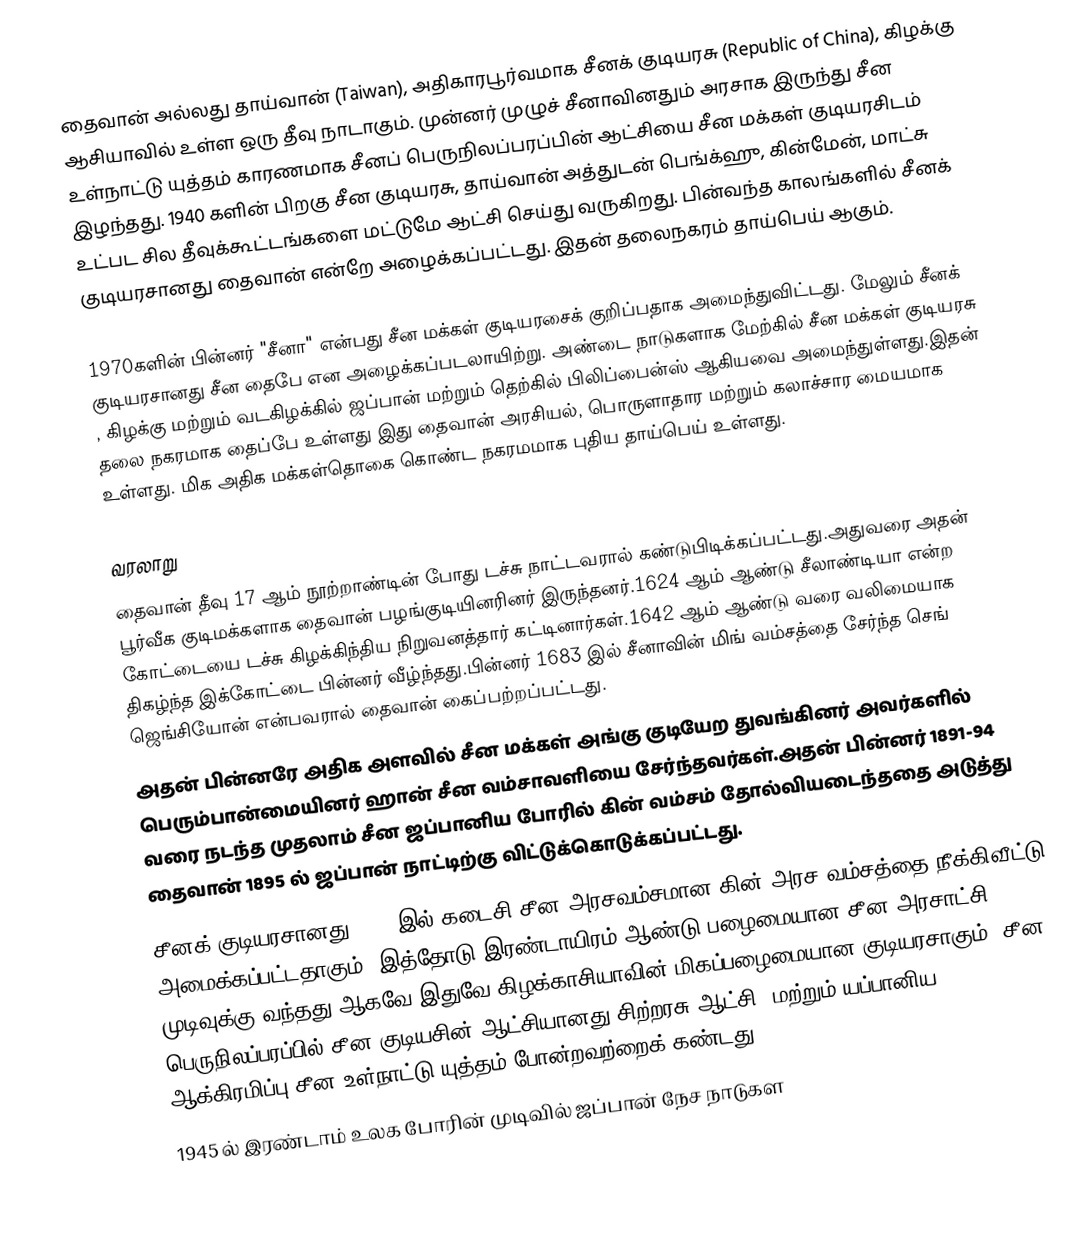
தைவான் அல்லது தாய்வான் (Taiwan), அதிகாரபூர்வமாக சீனக் குடியரசு (Republic of China), கிழக்கு ஆசியாவில் உள்ள ஒரு தீவு நாடாகும். முன்னர் முழுச் சீனாவினதும் அரசாக இருந்து சீன உள்நாட்டு யுத்தம் காரணமாக சீனப் பெருநிலப்பரப்பின் ஆட்சியை சீன மக்கள் குடியரசிடம் இழந்தது. 1940 களின் பிறகு சீன குடியரசு, தாய்வான்  அத்துடன் பெங்க்ஹு, கின்மேன், மாட்சு உட்பட சில தீவுக்கூட்டங்களை மட்டுமே ஆட்சி செய்து வருகிறது. பின்வந்த காலங்களில் சீனக் குடியரசானது தைவான் என்றே அழைக்கப்பட்டது. இதன் தலைநகரம் தாய்பெய் ஆகும்.

1970களின் பின்னர் "சீனா" என்பது சீன மக்கள் குடியரசைக் குறிப்பதாக அமைந்துவிட்டது. மேலும் சீனக் குடியரசானது சீன தைபே என அழைக்கப்படலாயிற்று. அண்டை நாடுகளாக மேற்கில் சீன மக்கள் குடியரசு , கிழக்கு மற்றும் வடகிழக்கில் ஜப்பான் மற்றும் தெற்கில் பிலிப்பைன்ஸ் ஆகியவை அமைந்துள்ளது.இதன் தலை நகரமாக தைப்பே உள்ளது இது தைவான் அரசியல், பொருளாதார மற்றும் கலாச்சார மையமாக உள்ளது. மிக அதிக மக்கள்தொகை கொண்ட நகரமமாக புதிய தாய்பெய் உள்ளது.

வரலாறு
தைவான் தீவு 17 ஆம் நூற்றாண்டின் போது டச்சு நாட்டவரால் கண்டுபிடிக்கப்பட்டது.அதுவரை அதன் பூர்வீக குடிமக்களாக தைவான் பழங்குடியினரினர் இருந்தனர்.1624 ஆம் ஆண்டு சீலாண்டியா என்ற கோட்டையை டச்சு கிழக்கிந்திய நிறுவனத்தார் கட்டினார்கள்.1642 ஆம் ஆண்டு வரை வலிமையாக திகழ்ந்த இக்கோட்டை பின்னர் வீழ்ந்தது.பின்னர் 1683 இல் சீனாவின் மிங் வம்சத்தை சேர்ந்த செங் ஜெங்சியோன் என்பவரால் தைவான் கைப்பற்றப்பட்டது.
அதன் பின்னரே அதிக அளவில் சீன மக்கள் அங்கு குடியேற துவங்கினர் அவர்களில் பெரும்பான்மையினர் ஹான் சீன வம்சாவளியை சேர்ந்தவர்கள்.அதன் பின்னர் 1891-94 வரை நடந்த முதலாம் சீன ஜப்பானிய போரில் கின் வம்சம் தோல்வியடைந்ததை அடுத்து தைவான் 1895 ல் ஜப்பான் நாட்டிற்கு விட்டுக்கொடுக்கப்பட்டது.
சீனக் குடியரசானது 1912 இல் கடைசி சீன அரசவம்சமான கின் அரச வம்சத்தை நீக்கிவீட்டு அமைக்கப்பட்டதாகும். இத்தோடு இரண்டாயிரம் ஆண்டு பழைமையான சீன அரசாட்சி முடிவுக்கு வந்தது.ஆகவே இதுவே கிழக்காசியாவின் மிகப்பழைமையான குடியரசாகும். சீன பெருநிலப்பரப்பில் சீன குடியசின் ஆட்சியானது சிற்றரசு ஆட்சி, மற்றும் யப்பானிய ஆக்கிரமிப்பு சீன உள்நாட்டு யுத்தம் போன்றவற்றைக் கண்டது.
1945 ல் இரண்டாம் உலக போரின் முடிவில் ஜப்பான் நேச நாடுகள